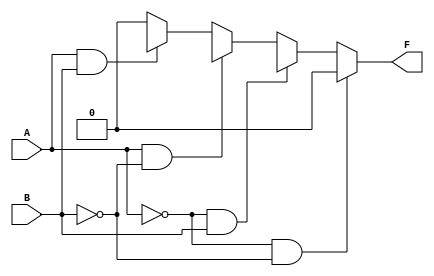
module two_variable_kmap (
    input wire A,   // Input variable A
    input wire B,   // Input variable B
    output wire F   // Output variable F
);

// Define the output based on the values from the K-map
assign F = (A == 0 && B == 0) ? F0 : // Cell 0
           (A == 0 && B == 1) ? F1 : // Cell 1
           (A == 1 && B == 0) ? F2 : // Cell 2
           (A == 1 && B == 1) ? F3 : // Cell 3
           1'b0; // Default case (not strictly necessary)

endmodule